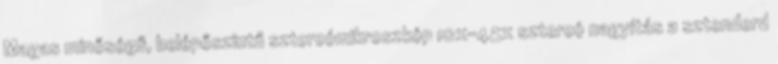
Magas minőségű, belépőszintű sztereómikroszkóp 10x-45x sztereó nagyítás a sztenderd